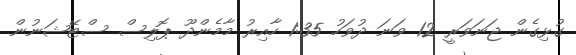
ގުޅިގެން ޖަނަވަރީ 12 ވަނަ ދުވަހު 1:35 ހާއިރު މާމެންދޫ ޕޮލިސް ސްޓޭޝަނުން